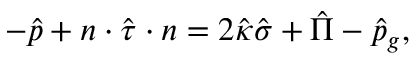
- \hat { p } + \boldsymbol { n } \cdot \hat { \boldsymbol { \tau } } \cdot \boldsymbol { n } = 2 \hat { \kappa } \hat { \sigma } + \hat { \Pi } - \hat { p } _ { g } ,